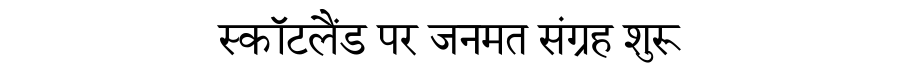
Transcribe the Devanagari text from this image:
स्कॉटलैंड पर जनमत संग्रह शुरू